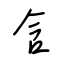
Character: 含